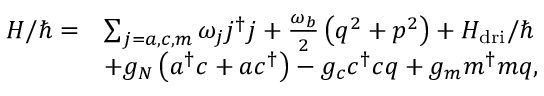
\begin{array} { r l } { H / \hbar = } & { \sum _ { j = a , c , m } \omega _ { j } j ^ { \dagger } j + \frac { \omega _ { b } } { 2 } \left( q ^ { 2 } + p ^ { 2 } \right) + H _ { \mathrm { d r i } } / \hbar } \\ & { + g _ { N } \left( a ^ { \dagger } c + a c ^ { \dagger } \right) - g _ { c } c ^ { \dagger } c q + g _ { m } m ^ { \dagger } m q , } \end{array}